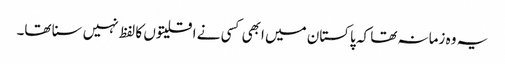
یہ وہ زمانہ تھا کہ پاکستان میں ابھی کسی نے اقلیتوں کا لفظ نہیں سنا تھا۔